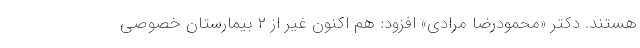
هستند. دکتر «محمودرضا مرادی» افزود: هم اکنون غیر از ۲ بیمارستان خصوصی